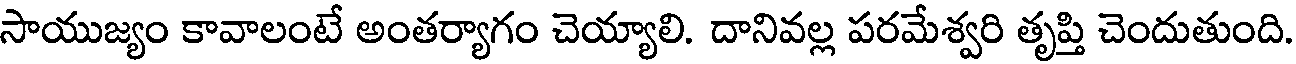
సాయుజ్యం కావాలంటే అంతర్యాగం చెయ్యాలి. దానివల్ల పరమేశ్వరి తృప్తి చెందుతుంది